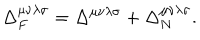
\Delta _ { F } ^ { \mu \nu \lambda \sigma } = \Delta ^ { \mu \nu \lambda \sigma } + \Delta _ { N } ^ { \mu \nu \lambda \sigma } .